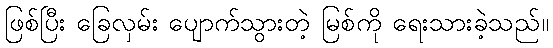
ဖြစ်ပြီး ခြေလှမ်း ပျောက်သွားတဲ့ မြစ်ကို ရေးသားခဲ့သည်။